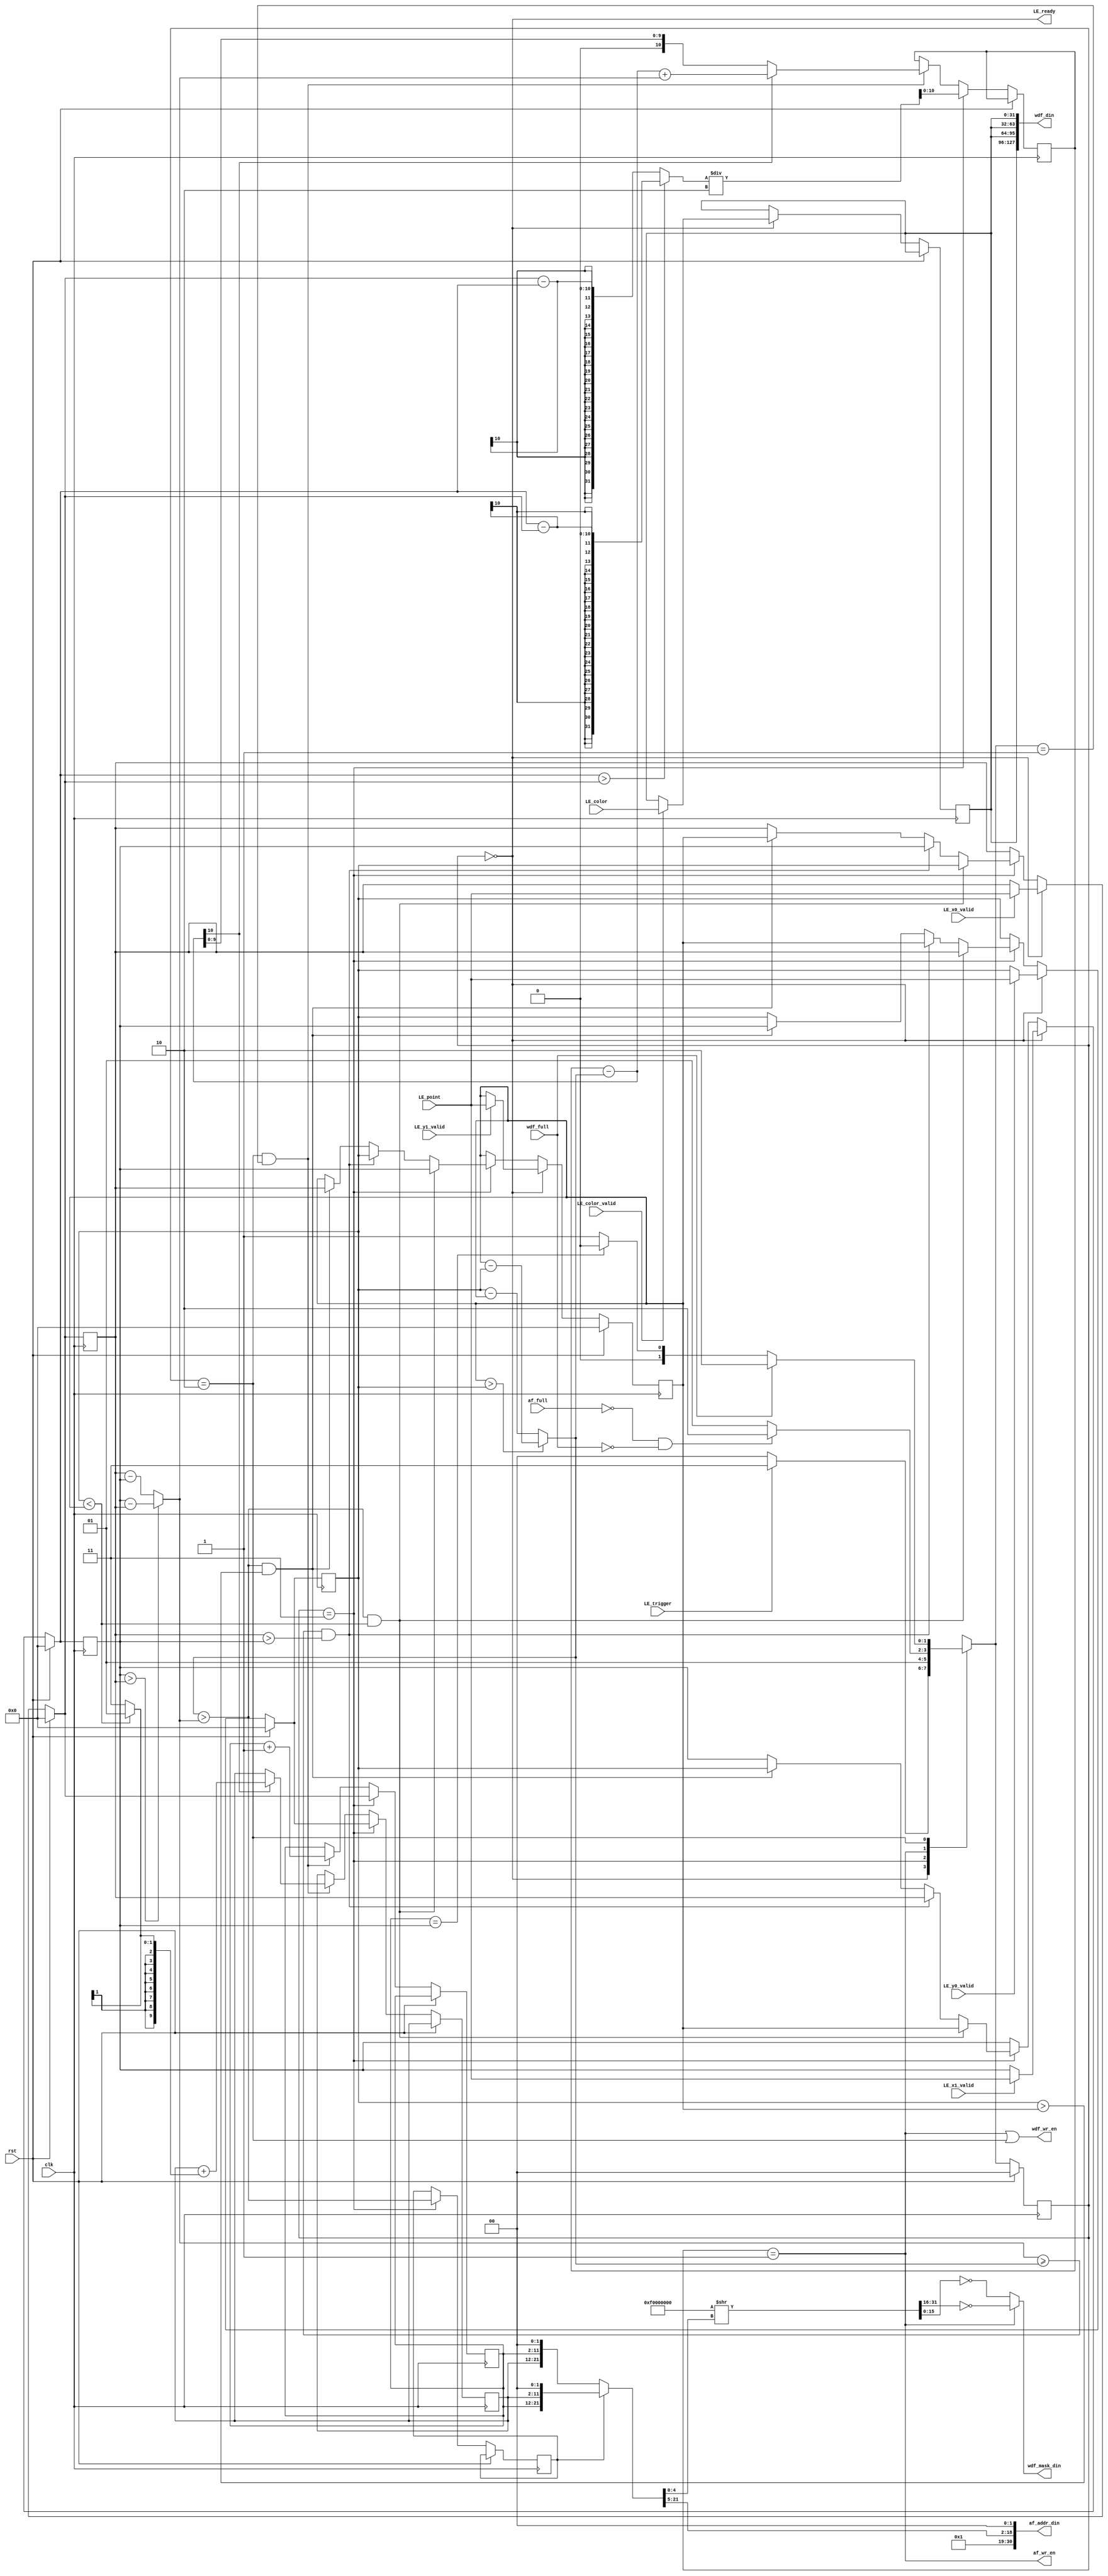
module LineEngine(
  input                 clk,
  input                 rst,
  output                LE_ready,
  // 8-bit each for RGB, and 8 bits zeros at the top
  input [31:0]          LE_color,
  // 800 x 600 => 10 bits x 10 bits
  input [9:0]           LE_point,
  // Valid signals for the inputs
  input                 LE_color_valid,
  input                 LE_x0_valid,
  input                 LE_y0_valid,
  input                 LE_x1_valid,
  input                 LE_y1_valid,
  // Trigger signal - line engine should start drawing the line
  input                 LE_trigger,
  // FIFO connections
  input                 af_full,
  input                 wdf_full,
  
  output [30:0]         af_addr_din,
  output                af_wr_en,
  output [127:0]        wdf_din,
  output [15:0]         wdf_mask_din,
  output                wdf_wr_en
);
    reg [9:0] x0, y0, x1, y1, next_x0, next_y0, next_x1, next_y1;
    reg [31:0] color, next_color;

    wire [31:0] addr, regular_addr, flipped_addr;
    wire[31:0] write_mask_n;
    

    localparam IDLE     = 2'b00;
    localparam SETUP    = 2'b11;
    localparam WRITE1   = 2'b01;
    localparam WRITE2   = 2'b10;

    // Register the inputs:
    reg [127:0] color_reg;
    // state registers
    reg [1:0] cs, ns;
    reg steep;

    reg [15:0] write2_mask, write1_mask;

    reg [9:0] x, y;
    wire [9:0] delta_x, delta_y;
    reg [10:0] error;
    reg [10:0] next_error;
    wire [1:0] ystep;

    assign regular_addr[31:22] = 10'b0001000001;
    assign regular_addr[1:0] = 2'b00;
    assign regular_addr[21:2] = {y,x};

    assign flipped_addr[31:22] = 10'b0001000001;
    assign flipped_addr[1:0] = 2'b00;
    assign flipped_addr[21:2] = {x,y};

    assign addr = steep ? flipped_addr : regular_addr;

    assign write_mask_n = {4'hf, 28'b0} >> addr[4:0];
    assign delta_x = (x1 > x0)?(x1-x0):(x0-x1);
    assign delta_y = (y1 > y0)?(y1-y0):(y0-y1);
    assign ystep = (y0 < y1) ? 1 : -1; 

    always @(*) begin
        next_x0 = x0;
        next_y0 = y0;
        next_x1 = x1;
        next_y1 = y1;
        next_color = color;
        if (rst) begin
            next_x0 = 10'd0;
            next_y0 = 10'd0;
            next_x1 = 10'd0;
            next_y1 = 10'd0;
        end else if (LE_ready) begin
            if (LE_color_valid) begin
                next_color = LE_color;
            end

            if (LE_x0_valid) begin
                next_x0 = LE_point;
            end 

            if (LE_x1_valid) begin
                next_x1 = LE_point;
            end 

            if (LE_y0_valid) begin
                next_y0 = LE_point;
            end 

            if (LE_y1_valid) begin
                next_y1 = LE_point;
            end
        end else if (cs == SETUP) begin
            if ((delta_y > delta_x) && (y0 < y1)) begin
                next_x0 = y0;
                next_y0 = x0;
                next_x1 = y1;
                next_y1 = x1;
            end else if (delta_x >= delta_y && x0 > x1 ) begin
                next_x0 = x1;
                next_x1 = x0;
                next_y0 = y1;
                next_y1 = y0;
            end else if ((delta_y > delta_x) && y0 > y1) begin
                next_x0 = y1;
                next_x1 = y0;
                next_y0 = x1;
                next_y1 = x0;
            end
        end
    end

    always @(posedge clk) begin
        cs <= ns;
        y <= y;
        x <= x;
        x0 <= next_x0;
        y0 <= next_y0;
        y1 <= next_y1;
        x1 <= next_x1;
        color <= next_color;
        steep <= steep;
        if (rst) begin
            cs <= IDLE;
        end else begin
            if (cs == SETUP) begin
                steep <= (delta_y > delta_x);
                x <= next_x0;
                y <= next_y0;
                error <= ((next_x1 > next_x0)?(next_x1-next_x0):(next_x0-next_x1))/2;
            end else if (cs == WRITE2 && ns == WRITE1) begin
                x <= x + 1;
                error <= error - delta_y;
                if (next_error[10] == 1) begin
                    y <= y + {{8{ystep[1]}},ystep};
                    error <= (error - delta_y) + delta_x;
                end
            end
        end
    end

    // Transition Logic:
    always @(*) begin
        next_error = error - delta_y;
        case(cs)
            IDLE: ns = LE_trigger ? SETUP : IDLE;
            SETUP: ns = WRITE1;
            WRITE1: ns = !af_full && !wdf_full ? WRITE2: WRITE1;
            WRITE2: ns = !wdf_full ? ( (x == x1) ? IDLE: WRITE1 ) : WRITE2;
            default: ns = IDLE; 
        endcase
    end

    assign af_wr_en = cs == WRITE1;
    assign wdf_wr_en = cs == WRITE1 || cs == WRITE2;
    assign af_addr_din = {6'b0, addr[27:5], 2'b0};
    assign wdf_mask_din = cs == WRITE1 ? ~write_mask_n[31:16] : ~write_mask_n[15:0];
    assign wdf_din = {color,color,color,color};
    assign LE_ready = cs == IDLE;  

endmodule